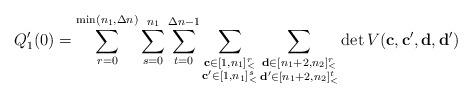
LaTeX: \begin{align*}Q'_1(0)=\sum\limits_{r=0}^{\min(n_1,\Delta n)}\sum\limits_{s=0}^{n_1}\sum\limits_{t=0}^{\Delta n-1}\sum\limits_{\substack{\mathbf{c}\in [1,n_1]_<^r\\\mathbf{c'}\in [1,n_1]_<^s}}\sum\limits_{\substack{\mathbf{d}\in [n_1+2,n_2]_<^r\\\mathbf{d'}\in [n_1+2,n_2]_<^t}}\det V(\mathbf{c},\mathbf{c'},\mathbf{d},\mathbf{d'})\end{align*}